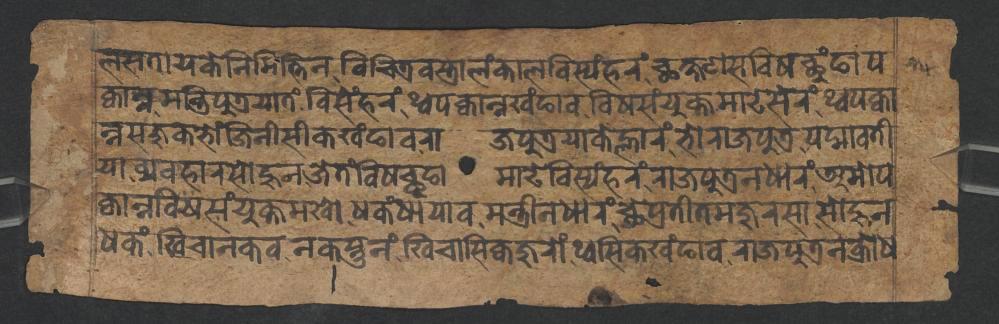
𑐮𑐳𑐟𑐵𑐫𑐎𑐾𑐣𑐶𑐩𑐶𑐟𑑂𑐟𑐶𑐣𑐰𑐶𑐔𑐶𑐟𑑂𑐬𑐰𑐳𑑂𑐟𑑂𑐬𑐵𑐮𑑄𑐎𑐵𑐮𑐧𑐶𑐳𑑂𑐫𑑄𑐴𑐬𑑄𑐕𑐎𑑂𑐲𑐞𑐳𑐰𑐶𑐲𑐕𑐸𑑄𑐒𑐵𑐥 𑐎𑑂𑐰𑐵𑐣𑑂𑐣𑐩𑐣𑑂𑐟𑑂𑐬𑐶𑐥𑐸𑐟𑑂𑐬𑐫𑐵𑐟𑑄𑐧𑐶𑐳𑐾𑑄𑐴𑐬𑑄𑐠𑑂𑐰𑐥𑐎𑑂𑐰𑐵𑐣𑑂𑐣𑐏𑑄𑐒𑐵𑐰𑐰𑐶𑐲𑐳𑑄𑐫𑐸𑐎𑑂𑐟𑐩𑐵𑐝𑐾𑐳𑐾𑐬𑑄𑐠𑑂𑐰𑐥𑐎𑑂𑐰𑐵 𑐣𑑂𑐣𑐳𑐖𑐸𑐎𑐨𑑀𑑄𑐖𑐶𑐣𑐷𑐳𑐷𑐎𑐏𑑄𑐒𑐵𑐰𑐬𑐵𑐖𑐥𑐸𑐟𑑂𑐬𑐫𑐵𑐎𑐾𑐮𑑂𑐴𑐵𑐬𑑄𑐨𑑀𑐬𑐵𑐖𑐥𑐸𑐟𑑂𑐬𑐥𑐡𑑂𑐩𑐵𑐰𑐟𑐷 𑐫𑐵𑐰𑑂𑐫𑐰𑐴𑐵𑐬𑐳𑑀𑐴𑐸𑐣𑐖𑐾𑐟𑑄𑐰𑐶𑐲𑐕𑐸𑐒𑐵𑐩𑐵𑐝𑐾𑐧𑐶𑐳𑑂𑐫𑑄𑐴𑐬𑑄𑐬𑐵𑐖𑐥𑐸𑐟𑑂𑐬𑐣𑐢𑐵𑐬𑑄𑐀𑐩𑑀𑐥 𑐎𑑂𑐰𑐵𑐣𑑂𑐣𑐰𑐶𑐲𑐫𑑄𑐫𑐸𑐎𑑂𑐟𑐩𑐏𑑀𑐢𑐎𑑄𑐢𑐵𑐫𑐵𑐰𑐩𑐣𑑂𑐟𑑂𑐬𑐷𑐣𑐢𑐵𑐬𑑄𑐕𑐾𑐥𑑂𑐬𑐟𑐷𑐟𑐩𑐖𑐸𑐬𑐳𑐵𑐳𑑀𑐴𑐸𑐣 𑐢𑐎𑑄𑐏𑐶𑐔𑐵𑐣𑐎𑐵𑐰𑐣𑐎𑐳𑑂𑐟𑐸𑐣𑑄𑐏𑐶𑐔𑐵𑐳𑐶𑐎𑑂𑐰𑐖𑐸𑐬𑑀𑑄𑐠𑑂𑐰𑐳𑐶𑐎𑐏𑑄𑐒𑐵𑐰𑐬𑐵𑐖𑐥𑐸𑐟𑑂𑐬𑐣𑐎𑑂𑐬𑑀𑐢